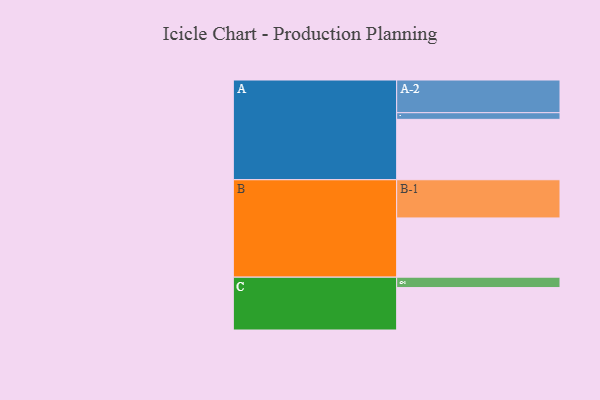
{"axis": {"x": "Segment", "y": "Value"}, "legend": ["", "A", "B", "C"], "data": [{"x": "A", "y": 471, "type": ""}, {"x": "B", "y": 462, "type": ""}, {"x": "C", "y": 331, "type": ""}, {"x": "A-1", "y": 52, "type": "A"}, {"x": "A-2", "y": 255, "type": "A"}, {"x": "B-1", "y": 298, "type": "B"}, {"x": "C-1", "y": 81, "type": "C"}]}